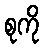
စုကို